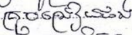
គ្រូបង្រៀនផង